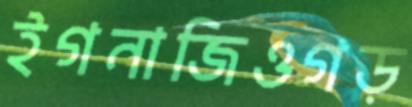
ইগনাজিওগড়